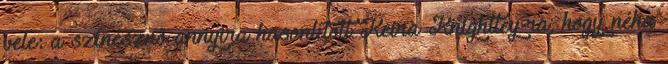
vele: a színésznő annyira hasonlított Keira Knightley-ra, hogy néha